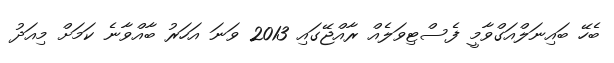
ބެހޭ ބައިނަލްއަގްވާމީ ފެސްޓިވަލެއް ރާއްޖޭގައި 2013 ވަނަ އަހަރު ބާއްވާނެ ކަމަށް މިއަދު